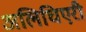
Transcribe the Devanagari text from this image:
अलिघिएरी